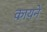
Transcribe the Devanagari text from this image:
कायने